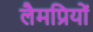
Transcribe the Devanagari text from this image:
लैमप्रियों